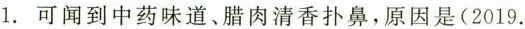
1.可闻到中药味道、腊肉清香扑鼻，原因是(2019.